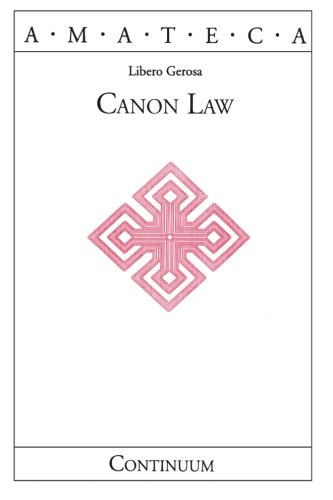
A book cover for Canon Law (Handbooks of Catholic Theology); Libero Gerosa; Christian Books & Bibles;